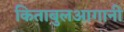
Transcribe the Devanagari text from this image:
किताबुलआगानी